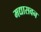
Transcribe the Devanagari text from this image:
मद्यासवन